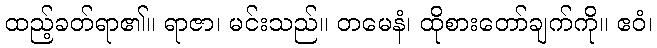
ထည့်ခတ်ရာ၏။ ရာဇာ၊ မင်းသည်။ တမေနံ၊ ထိုစားတော်ချက်ကို။ ဧဝံ၊